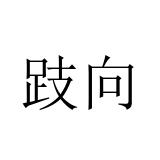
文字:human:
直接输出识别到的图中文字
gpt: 跂向